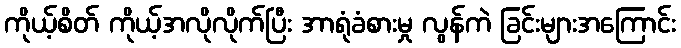
ကိုယ့်စိတ် ကိုယ့်အလိုလိုက်ပြီး အာရုံခံစားမှု လွန်ကဲ ခြင်းများအကြောင်း